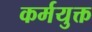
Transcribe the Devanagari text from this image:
कर्मयुक्त